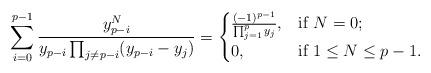
LaTeX: \begin{align*}\sum_{i=0}^{p-1} \frac{y_{p-i}^{N}}{y_{p-i}\prod_{j\neq p-i}(y_{p-i}-y_j)} =\begin{cases} \frac{(-1)^{p-1}}{ \prod_{j=1}^{p}y_j},& \mbox{if}\ N=0;\\ 0, & \mbox{if}\ 1\leq N\leq p-1. \end{cases}\end{align*}